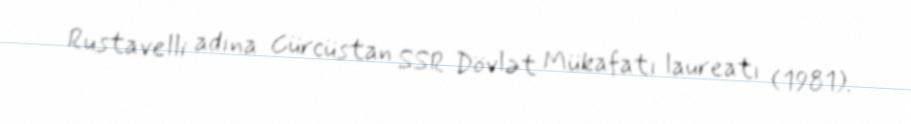
Rustavelli adına Gürcüstan SSR Dövlət Mükafatı laureatı (1981).